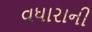
વધારાની